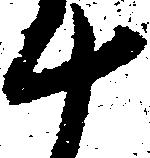
十